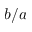
b / a